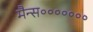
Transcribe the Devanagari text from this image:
मैन्स॰॰॰॰॰॰॰